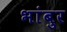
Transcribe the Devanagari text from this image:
भांबुर